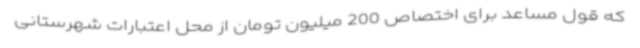
که قول مساعد برای اختصاص 200 میلیون تومان از محل اعتبارات شهرستانی